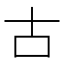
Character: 古